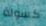
كسولة